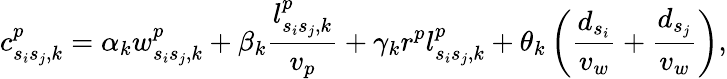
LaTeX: c_{s_{i}s_{j},k}^{p}=\alpha_{k}w_{s_{i}s_{j},k}^{p}+\beta_{k}\frac{l_{s_{i}s_{j},k}^{p}}{v_{p}}+\gamma_{k}r^{p}l_{s_{i}s_{j},k}^{p}+\theta_{k}\left(\frac{d_{s_{i}}}{v_{w}}+\frac{d_{s_{j}}}{v_{w}}\right),